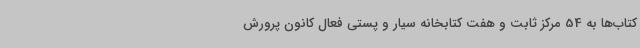
کتاب‌ها به 54 مرکز ثابت و هفت کتابخانه سیار و پستی فعال کانون پرورش